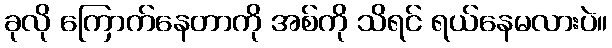
ခုလို ကြောက်နေတာကို အစ်ကို သိရင် ရယ်နေမလားပဲ။